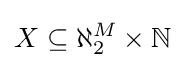
X\subseteq \aleph _{2}^{M}\times \mathbb {N}